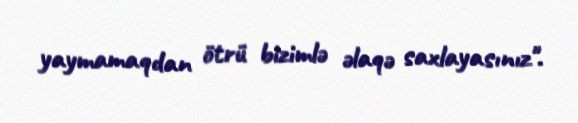
yaymamaqdan ötrü bizimlə əlaqə saxlayasınız".